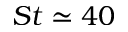
S t \simeq 4 0